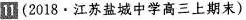
11(2018·江苏盐城中学高三上期末）